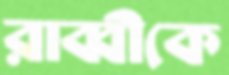
রাব্বীকে